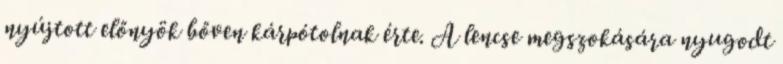
nyújtott előnyök bőven kárpótolnak érte. A lencse megszokására nyugodt